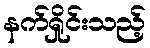
နက်ရှိုင်းသည့်